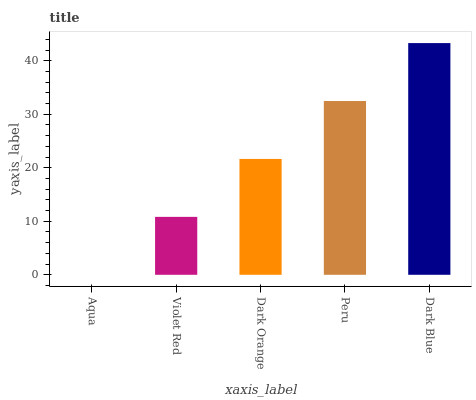
| xaxis_label | bars |
 | --- | --- |
 | Aqua | 0 |
 | Violet Red | 10.8 |
 | Dark Orange | 21.7 |
 | Peru | 32.5 |
 | Dark Blue | 43.3 |